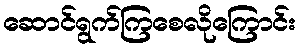
ဆောင်ရွက်ကြစေလိုကြောင်း